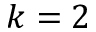
k = 2